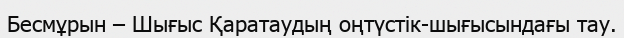
Бесмұрын – Шығыс Қаратаудың оңтүстік-шығысындағы тау.